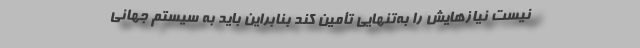
نیست نیازهایش را به‌تنهایی تأمین کند بنابراین باید به سیستم جهانی